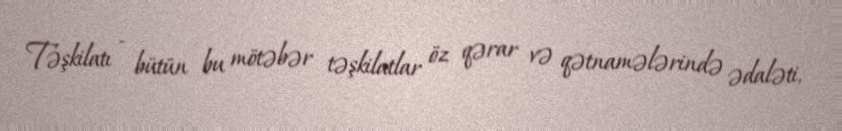
Təşkilatı - bütün bu mötəbər təşkilatlar öz qərar və qətnamələrində ədaləti,